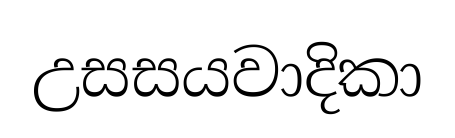
උසසයවාදිකා